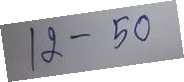
12 - 50